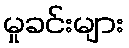
မှုခင်းများ